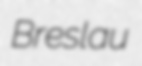
Breslau